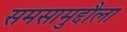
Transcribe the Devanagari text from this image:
समसामुद्दौला